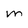
Character: M